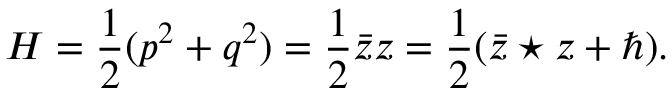
H = \frac { 1 } { 2 } ( p ^ { 2 } + q ^ { 2 } ) = \frac { 1 } { 2 } { \bar { z } } z = \frac { 1 } { 2 } ( { \bar { z } } \star z + \hbar ) .